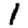
Digit: 1